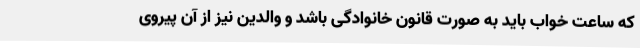
که ساعت خواب باید به صورت قانون خانوادگی باشد و والدین نیز از آن پیروی